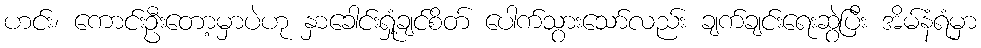
ဟင်း၊ ကောင်းဦးတော့မှာပဲဟု နှာခေါင်းရှုံ့ချင်စိတ် ပေါက်သွားသော်လည်း ချက်ချင်းရေးဆွဲပြီး အိမ်နံရံမှာ